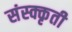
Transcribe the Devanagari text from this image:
संस्क्कृती